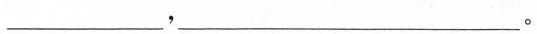
___，___。